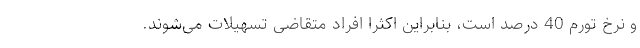
و نرخ تورم 40 درصد است، بنابراین اکثرا افراد متقاضی تسهیلات می‌شوند.